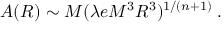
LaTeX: A ( R ) \sim M ( \lambda e M ^ { 3 } R ^ { 3 } ) ^ { 1 / ( n + 1 ) } \; .